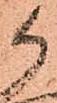
候